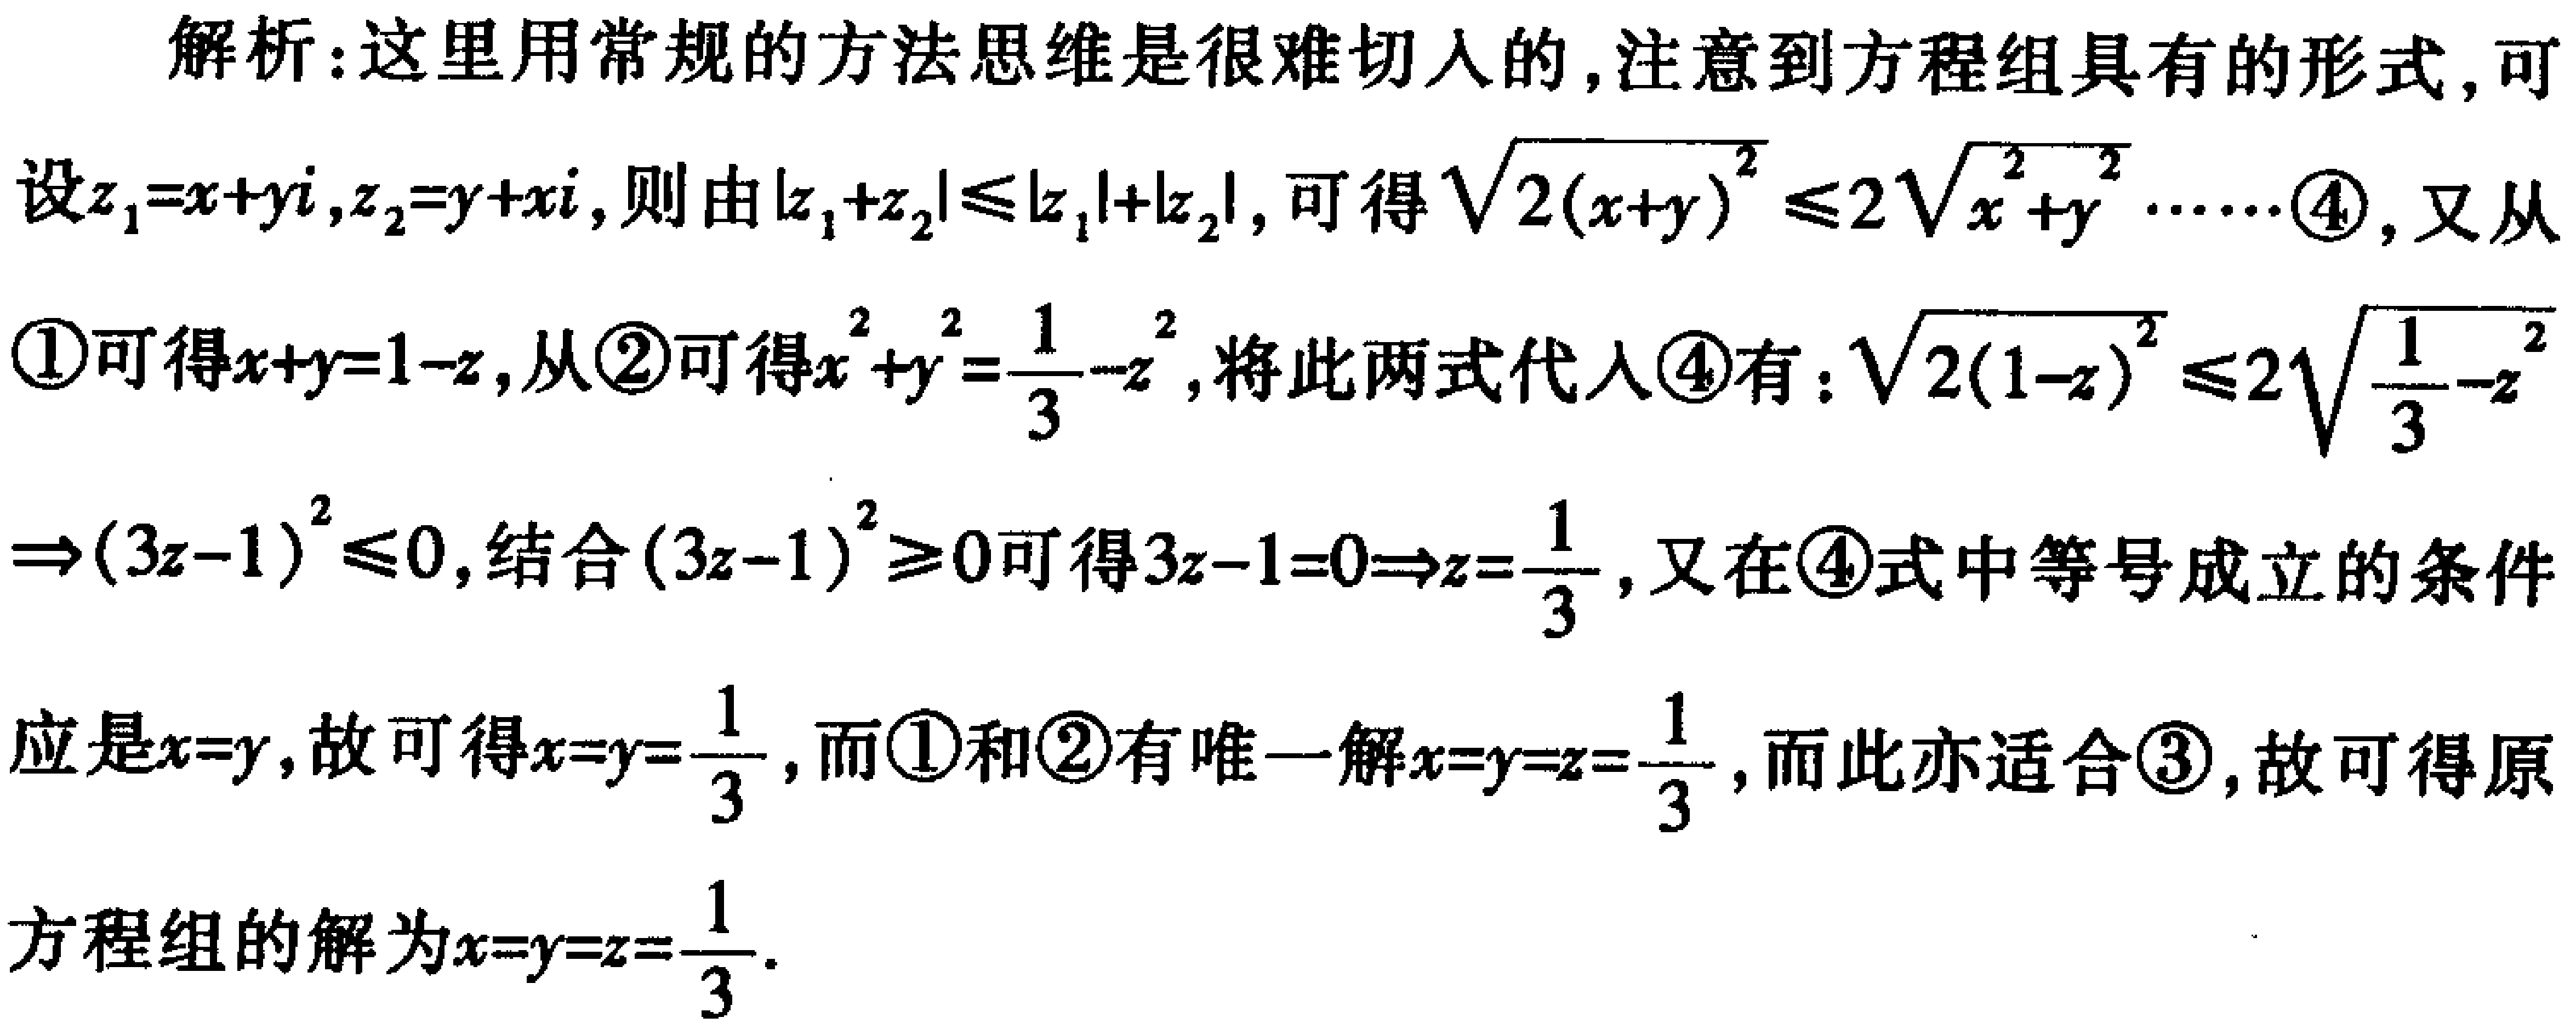
解析：这里用常规的方法思维是很难切入的,注意到方程组具有的形式,可
设\(z_{1}=x + yi,z_{2}=y + xi\),则由\(\vert z_{1}+z_{2}\vert\leqslant\vert z_{1}\vert+\vert z_{2}\vert\),可得\(\sqrt{2(x + y)^{2}}\leqslant2\sqrt{x^{2}+y^{2}}\cdots\cdots\)\textcircled{4},又从
\textcircled{1}可得\(x + y = 1 - z\),从\textcircled{2}可得\(x^{2}+y^{2}=\frac{1}{3}-z^{2}\),将此两式代入\textcircled{4}有：\(\sqrt{2(1 - z)^{2}}\leqslant2\sqrt{\frac{1}{3}-z^{2}}\)
\(\Rightarrow(3z - 1)^{2}\leqslant0\),结合\((3z - 1)^{2}\geqslant0\)可得\(3z - 1 = 0\Rightarrow z=\frac{1}{3}\),又在\textcircled{4}式中等号成立的条件
应是\(x = y\),故可得\(x = y=\frac{1}{3}\),而\textcircled{1}和\textcircled{2}有唯一解\(x = y = z=\frac{1}{3}\),而此亦适合\textcircled{3},故可得原
方程组的解为\(x = y = z=\frac{1}{3}\).